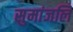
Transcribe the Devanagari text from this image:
सुमांजलि